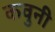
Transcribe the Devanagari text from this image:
कवुनी